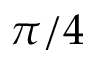
\pi / 4